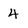
Character: 4